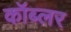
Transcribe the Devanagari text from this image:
कॉब्लर